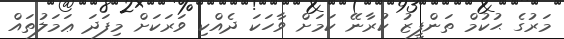
މަރުގެ ޙުކުމް ތަންފީޒު ކުރާނޭ ކަމަށް ވާހަކަ ދެއްކި ވަރަކަށް މިފަދަ ޢަމަލުތައް